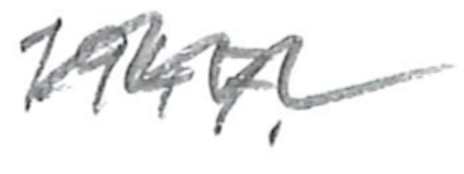
Text: 1947.
Cross-out: zig-zag
Writing tool: pencil